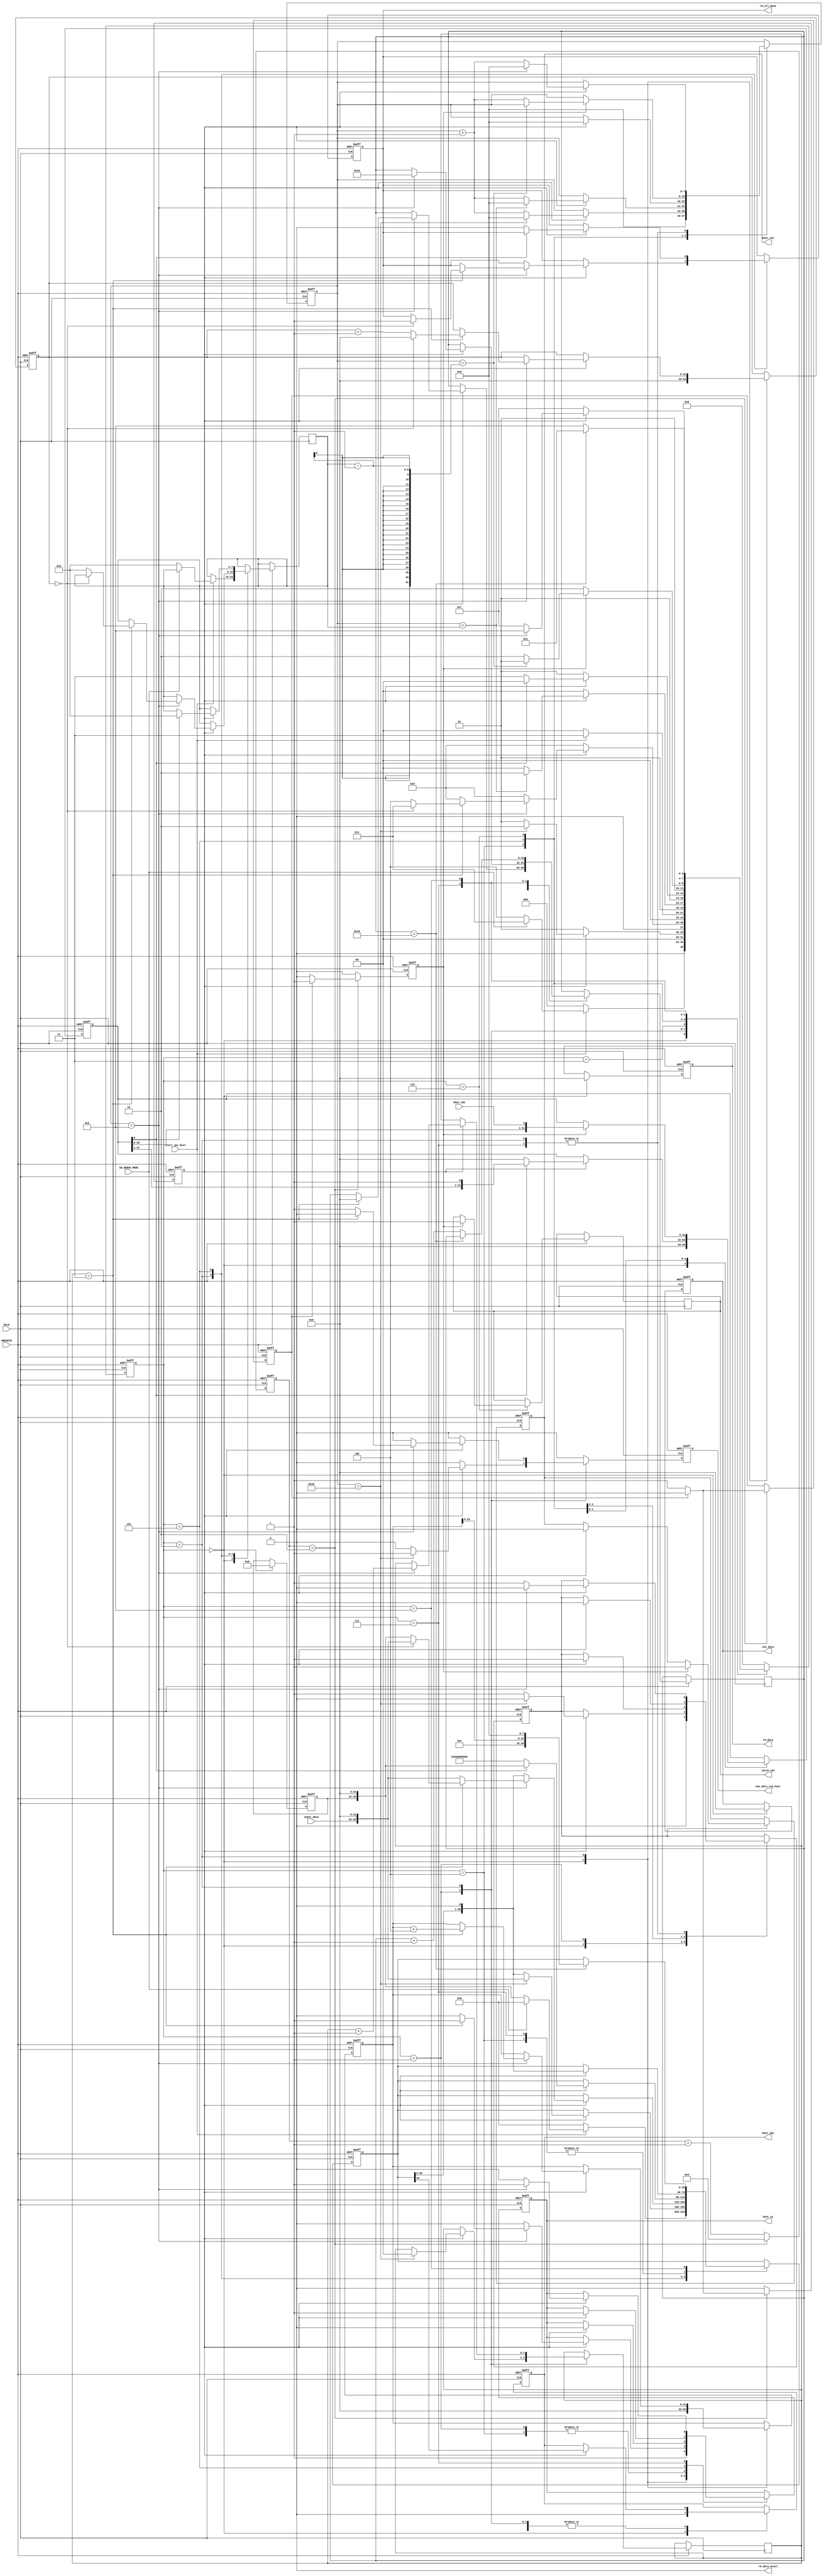
// ********************************************************************/
// Microsemi Corporation Proprietary and Confidential
// Copyright 2016 Microsemi Corporation.  All rights reserved.
//
// ANY USE OR REDISTRIBUTION IN PART OR IN WHOLE MUST BE HANDLED IN
// ACCORDANCE WITH THE MICROSEMI LICENSE AGREEMENT AND MUST BE APPROVED
// IN ADVANCE IN WRITING.
//
// SVN Revision Information:
// SVN $Revision: 27882 $
// SVN $Date: 2016-11-18 01:18:12 +0000 (Fri, 18 Nov 2016) $
//
// Resolved SARs
// SAR      Date     Who   Description
// Notes:
//
//
// *********************************************************************/
 
 
module SPI_HOST_MODEL (
                       //  input ports
                       HCLK,
                       HRESETN,
                       boot_sdi,
                       SW_DEBUG_MODE,
                       input_data,
                       start_spi_host,
 
                       //  output ports
                       boot_sdo,
                       boot_sck,
                       boot_ss,
                       rd_data_avail,
                       rd_all_done,
                       rd_data,
                       latch_sdi,
                       cks_data,
                       new_data_req_host
                       );
 
   parameter        READ_4BYTE_ADDR         = 1'b0;        //  Choose between a READ opcode for 3 byte or 4 byte addressing.
   parameter        SPI_CLK_RATIO           = 16'd6;       //  Setting of ratio of how many HCLK cycles in an SPI_clk cycle.
   parameter        SPI_SRC_ADDR            = 32'd0;       //  Starting address of data to copy from SPI_chip
   parameter        SPI_WORD_CNT            = 32'd100;     //  Word count to indicate the size of bootcode to copy from SPI_chip.
   parameter        CKSUM_SPI_ADDR          = 32'd0;       //  Address of CKSUM field in SPI_chip.
   parameter        SW_RESET_TYPE           = 2'b01;       //  Type of reset commands required.
   parameter        RESET_DESELECT_CYCLES   = 8'd5;        //  Number of HCLKS to wait after a RESET command before starting another operation.
   parameter        DATA_WORD_CNT           = 32'h01;      //  Number of bytes of data to write
   parameter        SR_CMD                  = 8'h05;
   parameter        SKIP_WR_EN              = 1'b0;
   parameter        WR_CMD                  = 8'h02;
   parameter        PROG_TIME               = 32'h10;
   parameter        FSR_CMD                 = 8'h70;
//  input ports
   input            HCLK;
   wire             HCLK;
   input            HRESETN;
   wire             HRESETN;
   input            boot_sdi;
   wire             boot_sdi;
   input            SW_DEBUG_MODE;
   wire             SW_DEBUG_MODE;
   input     [7:0]  input_data;
   wire      [7:0]  input_data;
   input            start_spi_host;
   wire             start_spi_host;
//  output ports
   output           boot_sdo;
   reg              boot_sdo;
   output           boot_sck;
   reg              boot_sck;
   output           boot_ss;
   reg              boot_ss;
   output           rd_data_avail;
   wire             rd_data_avail;
   output           rd_all_done;
   reg              rd_all_done;
   output    [31:0] rd_data;
   reg       [31:0] rd_data;
   output           latch_sdi;
   reg              latch_sdi;
   output    [31:0] cks_data;
   reg       [31:0] cks_data;
   output           new_data_req_host;
   reg              new_data_req_host;
//  local signals
   reg       [7:0]  bitwidth_required;                     //  Number of bits in a reset command (depending on chip type).
   reg       [1:0]  byte_cnt;
   reg       [31:0] data_cnt;
   reg       [31:0] data_word_in;                          //  Signal to hold data received from SPI_chip, in parallel form.
   reg       [39:0] data_word_out;                         //  Signal that holds command to be sent out, in parallel form.
   reg              en_spi_clk;                            //  Enable signal to allow the generation of timebase signals for SPI_clks.
   reg              en_spi_clk_hi;                         //  Pulse that indicates when the SPI_clk has a rising edge.
   reg              en_spi_clk_lo;                         //  Pulse that indicates when the SPI_clk has a falling edge.
   reg       [31:0] program_time;
   reg       [0:0]  reset_cmd_sent;                        //  Bit to indicate that one reset command has already been sent (for 2-reset commands chips).
   reg       [7:0]  rx_count;                              //  Tally used to indicate how many bits have been sent/received so far in a serialized operation.
   reg       [31:0] spi_addr;                              //  Address that a read command will read from.
   reg              spi_clk_phase;                         //  Signal that indicates whether SPI_clk is currently high or low.
   reg       [7:0]  sr;
   reg       [14:0] tbase_cnt;                             //  Tally used to keep track of number of HCLKS before a change in SPI_clk is required.
   reg       [31:0] word_count;                            //  Tally of how many words have been read from SPI_chip so far.
   reg              wr_en_done;
 
  //  Default Assignments
   assign rd_data_avail = 1'b0;
 
   parameter SPI_IDLE          = 4'b0000,
             SPI_PROGRAM       = 4'b0001,
             SPI_PROGRAM_DATA  = 4'b0010,
             SPI_RD_FINISHED   = 4'b0011,
             SPI_STATUS_CMD    = 4'b0100,
             SPI_STATUS_FINISH = 4'b0101,
             SPI_STATUS_RD     = 4'b0110,
             SPI_WRITE_ENABLE  = 4'b0111,
             WAIT_0            = 4'b1000;
 
 
   reg [3:0] visual_SPI_CTRL_SM_current, visual_SPI_CTRL_SM_next;
 
   reg              visual_boot_sdo_next;
   reg              visual_boot_ss_next;
   reg              visual_rd_all_done_next;
   reg       [31:0] visual_rd_data_next;
   reg              visual_latch_sdi_next;
   reg       [31:0] visual_cks_data_next;
   reg              visual_new_data_req_host_next;
   reg       [7:0]  visual_bitwidth_required_next;
   reg       [1:0]  visual_byte_cnt_next;
   reg       [31:0] visual_data_cnt_next;
   reg       [31:0] visual_data_word_in_next;
   reg       [39:0] visual_data_word_out_next;
   reg              visual_en_spi_clk_next;
   reg       [31:0] visual_program_time_next;
   reg       [0:0]  visual_reset_cmd_sent_next;
   reg       [7:0]  visual_rx_count_next;
   reg       [31:0] visual_spi_addr_next;
   reg       [7:0]  visual_sr_next;
   reg       [31:0] visual_word_count_next;
   reg              visual_wr_en_done_next;
 
 
   // Combinational process
   always  @(boot_sdo or boot_ss or rd_all_done or rd_data or latch_sdi or cks_data or bitwidth_required or byte_cnt or data_cnt or data_word_in or data_word_out or en_spi_clk or program_time or
             reset_cmd_sent or rx_count or spi_addr or sr or word_count or wr_en_done or start_spi_host or SW_DEBUG_MODE or en_spi_clk_lo or input_data or en_spi_clk_hi or boot_sdi or
             visual_SPI_CTRL_SM_current)
   begin : SPI_CTRL_SM_comb
      visual_new_data_req_host_next <= 1'b0;
      visual_boot_sdo_next <= boot_sdo;
      visual_boot_ss_next <= boot_ss;
      visual_rd_all_done_next <= rd_all_done;
      visual_rd_data_next <= rd_data;
      visual_latch_sdi_next <= latch_sdi;
      visual_cks_data_next <= cks_data;
      visual_bitwidth_required_next <= bitwidth_required;
      visual_byte_cnt_next <= byte_cnt;
      visual_data_cnt_next <= data_cnt;
      visual_data_word_in_next <= data_word_in;
      visual_data_word_out_next <= data_word_out;
      visual_en_spi_clk_next <= en_spi_clk;
      visual_program_time_next <= program_time;
      visual_reset_cmd_sent_next <= reset_cmd_sent;
      visual_rx_count_next <= rx_count;
      visual_spi_addr_next <= spi_addr;
      visual_sr_next <= sr;
      visual_word_count_next <= word_count;
      visual_wr_en_done_next <= wr_en_done;
 
 
 
      case (visual_SPI_CTRL_SM_current)
         SPI_IDLE:
            begin
               visual_spi_addr_next <= SPI_SRC_ADDR;
               visual_word_count_next <= 32'b0;
               visual_en_spi_clk_next <= 1'b0;
               visual_rx_count_next <= 8'b0;
               visual_boot_ss_next <= 1'b1;
               visual_reset_cmd_sent_next <= 1'b0;
               visual_cks_data_next <= 32'b0;
               visual_data_word_out_next <= 40'b0;
               visual_data_word_in_next <= 32'b0;
               visual_rd_data_next <= 32'b0;
               visual_boot_sdo_next <= 1'b0;
               visual_data_cnt_next <= 'b0;
               visual_wr_en_done_next <= 0;
               visual_sr_next <= SR_CMD;
               if (start_spi_host)
               begin
                  if (SW_DEBUG_MODE)
                  begin
                     visual_SPI_CTRL_SM_next <= SPI_RD_FINISHED;
                  end
                  else
                  begin
                     visual_rx_count_next <= 8'd0;
                     visual_data_word_out_next <= {sr, 32'b0};
                     visual_bitwidth_required_next <= 8'd8;
                     visual_SPI_CTRL_SM_next <= SPI_STATUS_CMD;
                  end
               end
               else
               begin
                  visual_SPI_CTRL_SM_next <= SPI_IDLE;
               end
            end
 
         //  Wait for HRESETN to be released before advancing.
         SPI_PROGRAM:
            begin
               if (en_spi_clk_lo)
               begin
                  visual_boot_ss_next <= 1'b0;
                  visual_en_spi_clk_next <= 1'b1;
                  visual_boot_sdo_next <= data_word_out[39];
                  visual_data_word_out_next <= data_word_out << 1;
                  if (rx_count == 8'd32)
                  begin
                     visual_rx_count_next <= 8'd0;
                     visual_boot_ss_next <= 1'b0;  //  keep low until data is written in
                     visual_data_word_out_next <= {input_data, 32'h0};
                     visual_new_data_req_host_next <= 1;
                     visual_en_spi_clk_next <= 1'b0;
                     visual_byte_cnt_next <= 0;
                     visual_SPI_CTRL_SM_next <= SPI_PROGRAM_DATA;
                  end
                  else
                  begin
                     visual_rx_count_next <= rx_count + 1;
                     visual_SPI_CTRL_SM_next <= SPI_PROGRAM;
                  end
               end
               else
               begin
                  visual_SPI_CTRL_SM_next <= SPI_PROGRAM;
               end
            end
 
         SPI_PROGRAM_DATA:
            begin
               if (en_spi_clk_lo)
               begin
                  visual_boot_ss_next <= 1'b0;
                  visual_en_spi_clk_next <= 1'b1;
                  visual_boot_sdo_next <= data_word_out[39];
                  visual_data_word_out_next <= data_word_out << 1;
                  if (rx_count == 8'd8)
                  begin
                     visual_rx_count_next <= 8'd0;
                     visual_boot_ss_next <= 1'b0;
                     visual_en_spi_clk_next <= 1'b0;
                     visual_data_word_out_next <= {input_data, 32'h0};
                     visual_byte_cnt_next <= byte_cnt + 1;
                     if (byte_cnt == 2'h3)
                     begin
                        visual_boot_ss_next <= 1'b1;
                        visual_data_cnt_next <= data_cnt + 1;
                        visual_program_time_next <= 0;
                        visual_spi_addr_next <= spi_addr + 4;
                        if (data_cnt == (DATA_WORD_CNT - 1))
                        begin
                           visual_rx_count_next <= 8'd0;
                           visual_boot_ss_next <= 1'b1;
                           visual_data_cnt_next <= 0;
                           visual_en_spi_clk_next <= 1'b0;
                           visual_rd_all_done_next <= 1'b1;
                           visual_SPI_CTRL_SM_next <= SPI_RD_FINISHED;
                        end
                        else
                        begin
                           visual_rx_count_next <= 8'd0;
                           visual_data_word_out_next <= {sr, 32'b0};
                           visual_bitwidth_required_next <= 8'd8;
                           visual_SPI_CTRL_SM_next <= SPI_STATUS_CMD;
                        end
                     end
                     else
                     begin
                        visual_new_data_req_host_next <= 1;
                        visual_SPI_CTRL_SM_next <= SPI_PROGRAM_DATA;
                     end
                  end
                  else
                  begin
                     visual_rx_count_next <= rx_count + 1;
                     visual_SPI_CTRL_SM_next <= SPI_PROGRAM_DATA;
                  end
               end
               else
               begin
                  visual_SPI_CTRL_SM_next <= SPI_PROGRAM_DATA;
               end
            end
 
         SPI_RD_FINISHED:
            begin
               if (start_spi_host == 1'b0)
               begin
                  visual_SPI_CTRL_SM_next <= SPI_IDLE;
               end
               else
               begin
                  visual_SPI_CTRL_SM_next <= SPI_RD_FINISHED;
               end
            end
 
         SPI_STATUS_CMD:
            begin
               if (en_spi_clk_lo)
               begin
                  visual_boot_ss_next <= 1'b0;
                  visual_en_spi_clk_next <= 1'b1;
                  visual_boot_sdo_next <= data_word_out[39];
                  visual_data_word_out_next <= data_word_out << 1;
                  if (rx_count == bitwidth_required)
                  begin
                     visual_rx_count_next <= 8'd0;
                     visual_SPI_CTRL_SM_next <= SPI_STATUS_RD;
                  end
                  else
                  begin
                     visual_rx_count_next <= rx_count + 1;
                     visual_SPI_CTRL_SM_next <= SPI_STATUS_CMD;
                  end
               end
               else
               begin
                  visual_SPI_CTRL_SM_next <= SPI_STATUS_CMD;
               end
            end
 
         //  Sending a READ_STATUS command.
         SPI_STATUS_FINISH:
            begin
               if (en_spi_clk_lo)
               begin
                  visual_rx_count_next <= 8'd0;
                  visual_boot_ss_next <= 1'b1;
                  visual_en_spi_clk_next <= 1'b0;
                  if (SW_RESET_TYPE == 2'h2)
                  begin
                     if (data_word_in[7])
                     begin
                        visual_data_word_in_next <= 32'b0;
                        if (SKIP_WR_EN)
                        begin
                           visual_rx_count_next <= 8'd0;
                           visual_boot_ss_next <= 1'b1;
                           visual_en_spi_clk_next <= 1'b0;
                           visual_program_time_next <= PROG_TIME;
                           visual_SPI_CTRL_SM_next <= WAIT_0;
                        end
                        else
                        begin
                           visual_rd_all_done_next <= 1'b0;
                           visual_rx_count_next <= 8'd0;
                           visual_data_word_out_next <= {8'h06, 32'h0};
                           visual_SPI_CTRL_SM_next <= SPI_WRITE_ENABLE;
                        end
                     end
                     else
                     begin
                        visual_rx_count_next <= 8'd0;
                        visual_data_word_out_next <= {sr, 32'b0};
                        visual_bitwidth_required_next <= 8'd8;
                        visual_SPI_CTRL_SM_next <= SPI_STATUS_CMD;
                     end
                  end
                  else if (data_word_in[0])
                  begin
                     visual_rx_count_next <= 8'd0;
                     visual_data_word_out_next <= {sr, 32'b0};
                     visual_bitwidth_required_next <= 8'd8;
                     visual_SPI_CTRL_SM_next <= SPI_STATUS_CMD;
                  end
                  else
                  begin
                     visual_data_word_in_next <= 32'b0;
                     if (SKIP_WR_EN)
                     begin
                        visual_rx_count_next <= 8'd0;
                        visual_boot_ss_next <= 1'b1;
                        visual_en_spi_clk_next <= 1'b0;
                        visual_program_time_next <= PROG_TIME;
                        visual_SPI_CTRL_SM_next <= WAIT_0;
                     end
                     else
                     begin
                        visual_rd_all_done_next <= 1'b0;
                        visual_rx_count_next <= 8'd0;
                        visual_data_word_out_next <= {8'h06, 32'h0};
                        visual_SPI_CTRL_SM_next <= SPI_WRITE_ENABLE;
                     end
                  end
               end
               else
               begin
                  visual_SPI_CTRL_SM_next <= SPI_STATUS_FINISH;
               end
            end
 
         SPI_STATUS_RD:
            begin
               if (en_spi_clk_hi)
               begin
                  visual_data_word_in_next <= {data_word_in[30:0], boot_sdi};
                  visual_latch_sdi_next <= 1'b1;
                  if (rx_count == (bitwidth_required - 1))
                  begin
                     visual_SPI_CTRL_SM_next <= SPI_STATUS_FINISH;
                  end
                  else
                  begin
                     visual_rx_count_next <= rx_count + 1;
                     visual_SPI_CTRL_SM_next <= SPI_STATUS_RD;
                  end
               end
               else
               begin
                  visual_SPI_CTRL_SM_next <= SPI_STATUS_RD;
               end
            end
 
         //  Reading back the STATUS register to check for whether
         //  chip is busy before advancing.
         SPI_WRITE_ENABLE:
            begin
               if (en_spi_clk_lo)
               begin
                  visual_boot_ss_next <= 1'b0;
                  visual_en_spi_clk_next <= 1'b1;
                  visual_boot_sdo_next <= data_word_out[39];
                  visual_data_word_out_next <= data_word_out << 1;
                  if (rx_count == 8'd8)
                  begin
                     visual_rx_count_next <= 8'd0;
                     visual_boot_ss_next <= 1'b1;
                     visual_en_spi_clk_next <= 1'b0;
                     visual_program_time_next <= PROG_TIME;
                     visual_SPI_CTRL_SM_next <= WAIT_0;
                  end
                  else
                  begin
                     visual_rx_count_next <= rx_count + 1;
                     visual_SPI_CTRL_SM_next <= SPI_WRITE_ENABLE;
                  end
               end
               else
               begin
                  visual_SPI_CTRL_SM_next <= SPI_WRITE_ENABLE;
               end
            end
 
         WAIT_0:
            begin
               if (program_time == PROG_TIME)
               begin
                  // program op
                  visual_data_word_out_next <= {WR_CMD, spi_addr[23:0], 8'h0};
                  visual_SPI_CTRL_SM_next <= SPI_PROGRAM;
               end
               else
               begin
                  visual_program_time_next <= program_time + 1;
                  visual_SPI_CTRL_SM_next <= WAIT_0;
               end
            end
 
         default:
            begin
               visual_SPI_CTRL_SM_next <= SPI_IDLE;
            end
      endcase
   end
 
   always  @(posedge HCLK or negedge HRESETN)
   begin : SPI_CTRL_SM
 
      if (HRESETN == 0)
      begin
         new_data_req_host <= 1'b0;
         en_spi_clk <= 1'b0;
         word_count <= 32'b0;
         rx_count <= 8'd0;
         boot_ss <= 1'b1;
         spi_addr <= SPI_SRC_ADDR;
         rd_all_done <= 1'b0;
         reset_cmd_sent <= 1'b0;
         cks_data <= 32'b0;
         data_word_out <= 40'b0;
         data_word_in <= 32'b0;
         rd_data <= 32'b0;
         boot_sdo <= 1'b0;
         data_cnt <= 'b0;
         sr <= SR_CMD;
         visual_SPI_CTRL_SM_current <= SPI_IDLE;
      end
      else
      begin
         boot_sdo <= visual_boot_sdo_next;
         boot_ss <= visual_boot_ss_next;
         rd_all_done <= visual_rd_all_done_next;
         rd_data <= visual_rd_data_next;
         latch_sdi <= visual_latch_sdi_next;
         cks_data <= visual_cks_data_next;
         new_data_req_host <= visual_new_data_req_host_next;
         bitwidth_required <= visual_bitwidth_required_next;
         byte_cnt <= visual_byte_cnt_next;
         data_cnt <= visual_data_cnt_next;
         data_word_in <= visual_data_word_in_next;
         data_word_out <= visual_data_word_out_next;
         en_spi_clk <= visual_en_spi_clk_next;
         program_time <= visual_program_time_next;
         reset_cmd_sent <= visual_reset_cmd_sent_next;
         rx_count <= visual_rx_count_next;
         spi_addr <= visual_spi_addr_next;
         sr <= visual_sr_next;
         word_count <= visual_word_count_next;
         wr_en_done <= visual_wr_en_done_next;
         visual_SPI_CTRL_SM_current <= visual_SPI_CTRL_SM_next;
      end
   end
 
 
 
   always
      @( posedge HCLK or negedge HRESETN )
   begin   :SPI_TIMEBASE
 
      if (HRESETN == 0)
      begin
         en_spi_clk_hi <= 1'b0;
         en_spi_clk_lo <= 1'b0;
         spi_clk_phase <= 1'b0;
         tbase_cnt <= 15'b0;
      end
      else
      begin
         if (tbase_cnt == (SPI_CLK_RATIO[15:1] - 1))
         begin
            if (spi_clk_phase)
            begin
               en_spi_clk_hi <= 1'b1;
               en_spi_clk_lo <= 1'b0;
               spi_clk_phase <= 1'b0;
            end
            else
            begin
               en_spi_clk_lo <= 1'b1;
               en_spi_clk_hi <= 1'b0;
               spi_clk_phase <= 1'b1;
            end
            tbase_cnt <= 15'b0;
         end
         else
         begin
            tbase_cnt <= tbase_cnt + 1;
            en_spi_clk_hi <= 1'b0;
            en_spi_clk_lo <= 1'b0;
         end
      end
   end
 
 
 
   always
      @( posedge HCLK or negedge HRESETN )
   begin   :SPI_CLK_GEN
 
      if (HRESETN == 0)
      begin
         boot_sck <= 1'b0;
      end
      else
      begin
         if (en_spi_clk)
         begin
            if (en_spi_clk_hi)
            begin
               boot_sck <= 1'b1;
            end
            else
            begin
               if (en_spi_clk_lo)
               begin
                  boot_sck <= 1'b0;
               end
            end
         end
      end
   end
 
 
 
endmodule